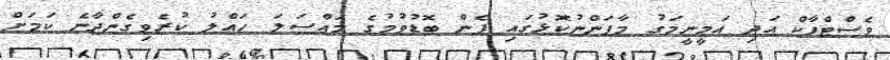
ވެސްޓްޕާކް އަދި އަމީީނީމަގު މާފަންނުކޮޅުގައި ފެން ބޮޑުވުމުގެ މައްސަލަ ހައްލު ކުރެވިގެންދާނެ ކަމަށް